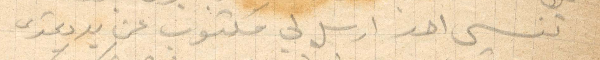
تنسى احد ارسل لي مكتوب عن يد دمتري